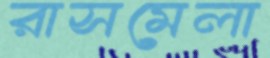
রাসমেলা